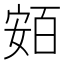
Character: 𡩛